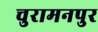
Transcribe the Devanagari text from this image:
चुरामनपुर